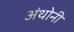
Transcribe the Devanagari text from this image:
अंथोनी